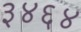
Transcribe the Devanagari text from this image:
३४६४